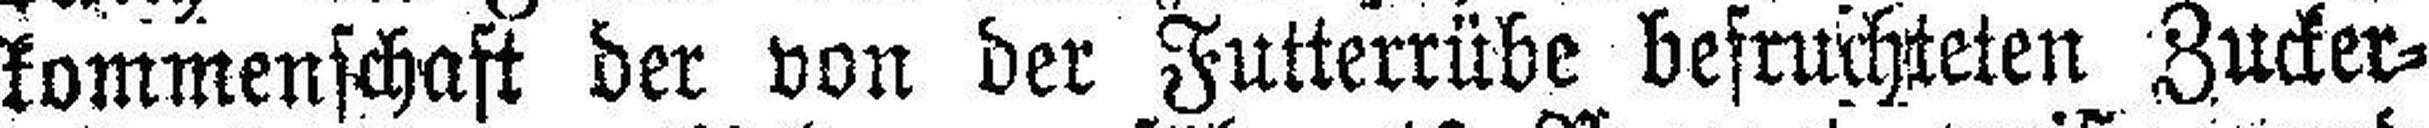
kommenschaft der von der Futterrübe befruchteten Zucker¬